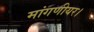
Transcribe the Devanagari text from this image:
मांगणीयर।